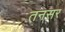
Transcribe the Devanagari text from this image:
तनसर